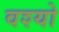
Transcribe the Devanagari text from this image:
वश्यो